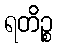
ရတိဉ္စ